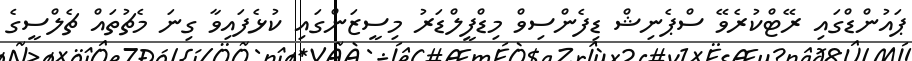
ޕައުންޑްގައި ރޭޓްކުރެވޭ ސްޕެނިޝް ޑިފެންސިވް މިޑްފީލްޑަރު މިސީޒަންގައި ކުޅެފައިވާ ގިނަ މެޗުތައް ޗެލްސީގެ